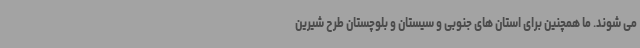
می شوند. ما همچنین برای استان های جنوبی و سیستان و بلوچستان طرح شیرین